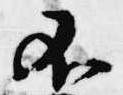
不